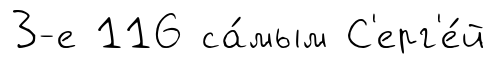
3-е 116 са́мым С'ерг'е́й